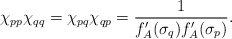
\begin{align*}\chi_{pp} \chi_{qq} = \chi_{pq} \chi_{qp} = \frac{1}{f_A'(\sigma_q) f_A'(\sigma_p) }.\end{align*}